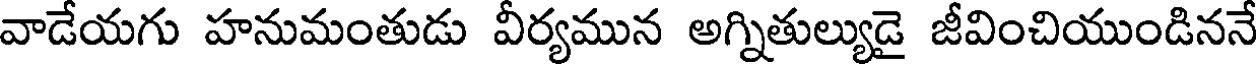
వాడేయగు హనుమంతుడు వీర్యమున అగ్నితుల్యుడై జీవించియుండిననే